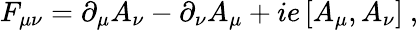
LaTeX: F_{\mu\nu}=\partial_{\mu}A_{\nu}-\partial_{\nu}A_{\mu}+ie\left[A_{\mu},A_{\nu}\right]\ ,